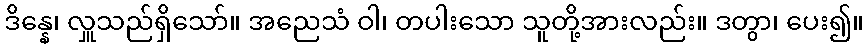
ဒိန္နေ၊ လှူသည်ရှိသော်။ အညေသံ ဝါ၊ တပါးသော သူတို့အားလည်း။ ဒတွာ၊ ပေး၍။